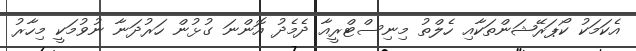
އެކަމަކު ކޯޕަރޭޝަންތަކާއި ހެލްތު މިނިސްޓްރީއާ ދެމެދު އޮންނަ ގުޅުން ހަރުދަނާ ނުވުމަކީ މިހާރު